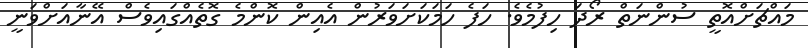
މައްޗަށްއޮތީ ސުންނަތް ރޯދަ ހިފުމެވެ. ހަފެ ހަމަކަށަވަރުން އެއިން ކޮންމެ ގޮތެއްގައިވެސް އޭނާއަށްވަނީ